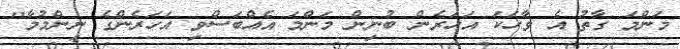
މަންމަ ގާތު އެ ވާހަކަ އަހަރެން ބުނިން މަންމަ އެއްބަސްވި އަހަރެންގެ ނިންމުމާ"